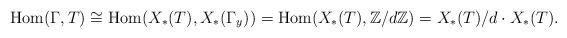
LaTeX: \begin{align*}{\rm Hom}(\Gamma, T) \cong {\rm Hom}(X_*(T),X_*(\Gamma_y))={\rm Hom}(X_*(T),\mathbb{Z}/d\mathbb{Z})=X_*(T)/d\cdot X_*(T).\end{align*}